Civil Veterinary Dept. North-West Frontier Province 1901-22 - 1901-1922
Year: 1901
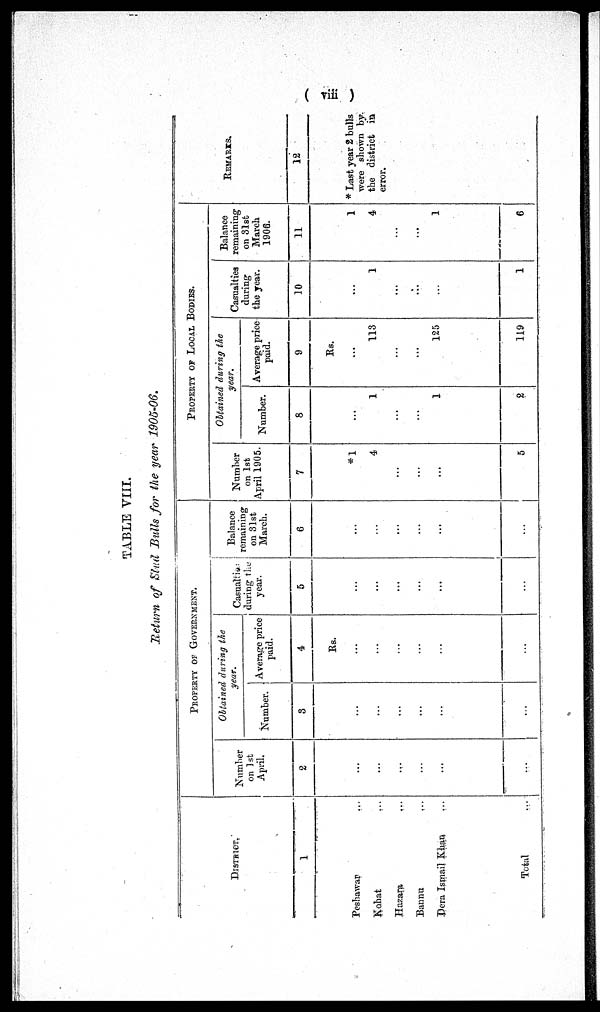
( viii )
TABLE VIII.
Return of Stud Bulls for the year 1905-06.
DISTRICT.
1
Peshawar ...
Kohat ...
Hazara
...
Bannu
...
Dera Ismail Khan ...
Total ...
PROPERTY OF GOVERNMENT.
Number
on 1st
April.
2
...
...
...
...
...
...
Obtained during the
year.
Number.
8
...
...
...
...
...
...
Average price
paid.
4
Rs.
...
...
...
...
...
...
Casualties
during the
year.
5
...
...
...
...
...
...
Balance
remaining
on 81st
March.
6
...
...
...
...
...
...
PROPERTY OF LOCAL BODIES.
Number
on 1st
April 1905.
7
*1
4
...
...
...
5
Obtained during the
year.
Number.
8
...
1
...
...
1
2
Average price
paid.
9
Rs.
...
113
...
...
125
119
Casualties
during
the year.
10
...
1
...
...
...
1
Balance
remaining
on 31st
March
1906.
11
1
4
...
...
1
6
REMARKS.
12
* Last year 2 bulls
were shown by
the district in
error.